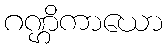
ဂဏ္ဌိကာယော